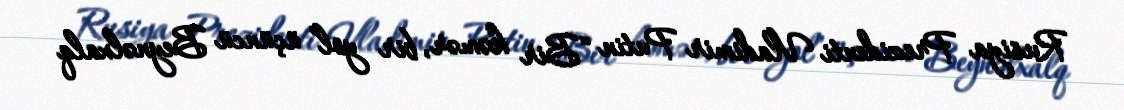
Rusiya Prezidenti Vladimir Putin “Bir kəmər, bir yol” üçüncü Beynəlxalq